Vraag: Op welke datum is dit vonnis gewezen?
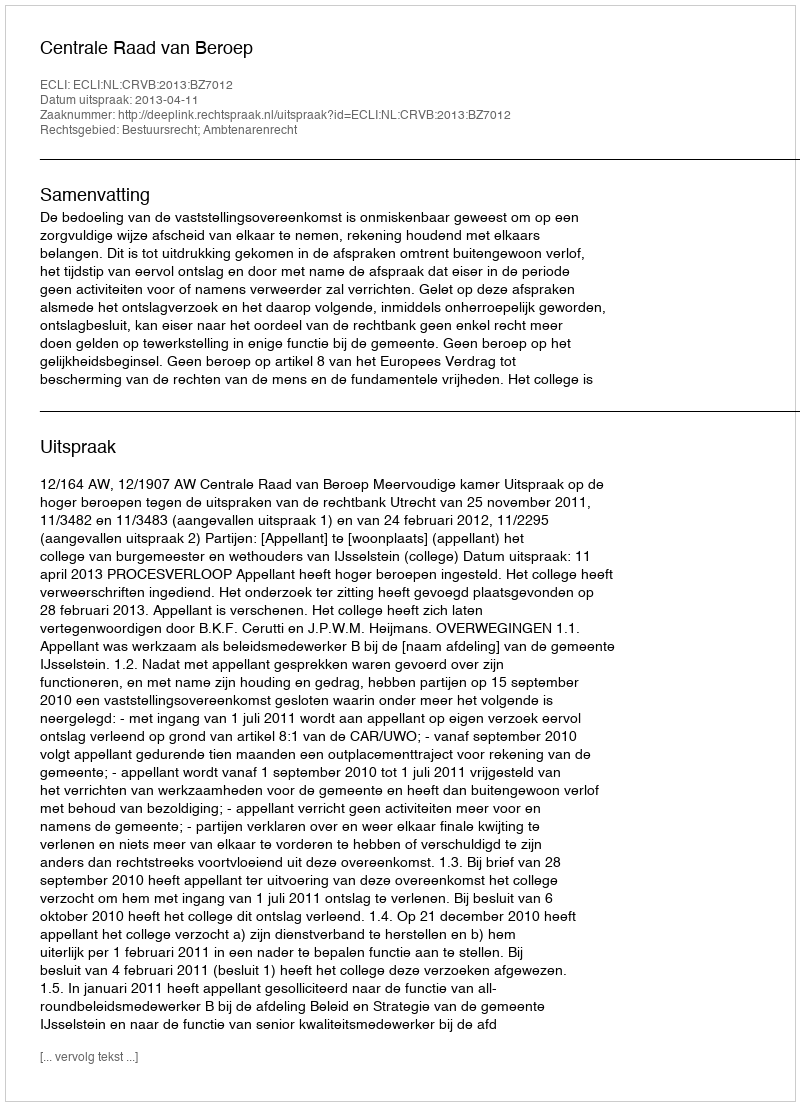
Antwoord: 2013-04-11